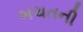
બચતની